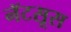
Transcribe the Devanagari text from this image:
नॅटसूस